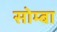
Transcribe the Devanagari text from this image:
सोम्बा